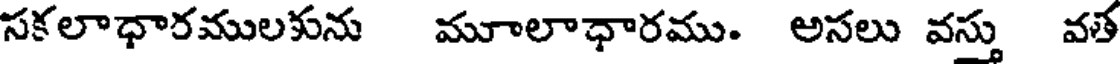
సకలాధారములకును మూలాధారము. అసలు వస్తు వత